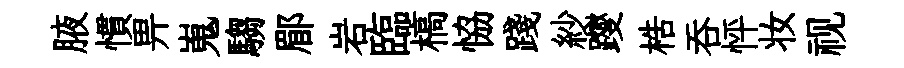
腋慣畀嵬騶郿岩臨槁恊踐紗躞梏呑怦妆视